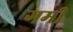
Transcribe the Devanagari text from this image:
गमी